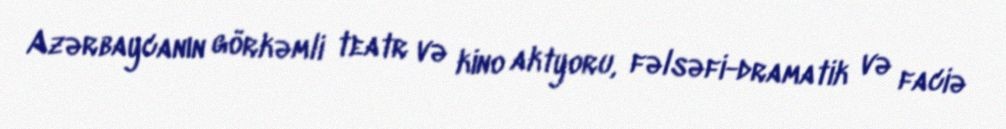
Azərbaycanın görkəmli teatr və kino aktyoru, fəlsəfi-dramatik və faciə